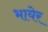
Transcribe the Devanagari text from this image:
भायेर